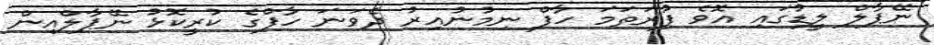
ނޭޕާލް ލީޑުގައި އޮވެ ފުރަތަމަ ހާފް ނިމުނުއިރު ދެވަނަ ހާފްގެ ކުރީކޮޅު ނޭޕާލްއިން